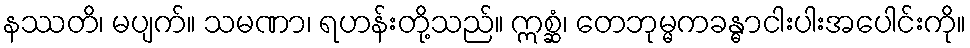
နဿတိ၊ မပျက်။ သမဏာ၊ ရဟန်းတို့သည်။ ဣစ္ဆံ၊ တေဘုမ္မကခန္ဓာငါးပါးအပေါင်းကို။